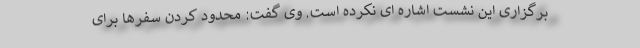
برگزاری این نشست اشاره ای نکرده است. وی گفت: محدود کردن سفرها برای